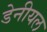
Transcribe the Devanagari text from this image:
डेनीयल